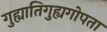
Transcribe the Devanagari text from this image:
गुह्यातिगुह्यगोपता